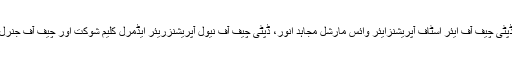
اعلیٰ سطح وفد میں مشیر خارجہ سرتاج عزیز، ڈپٹی چیف آف ایئر اسٹاف آپریشنزایئر وائس مارشل مجاہد انور، ڈپٹی چیف آف نیول آپریشنزریئر ایڈمرل کلیم شوکت اور چیف آف جنرل اسٹاف لیفٹیننٹ جنرل اشفاق ندیم احمد شامل ہیں۔